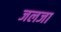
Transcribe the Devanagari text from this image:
जलजा